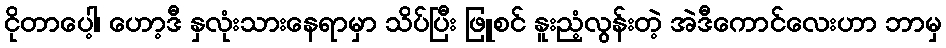
ငိုတာပေါ့၊ ဟော့ဒီ နှလုံးသားနေရာမှာ သိပ်ပြီး ဖြူစင် နူးညံ့လွန်းတဲ့ အဲဒီကောင်လေးဟာ ဘာမှ